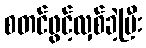
စတင်ဖွင့်လှစ်ခဲ့ပြီး